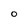
Character: O